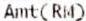
AMT(RM)